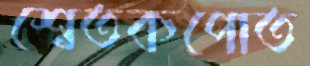
শ্বেতকপোত